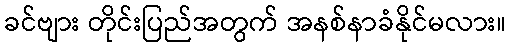
ခင်ဗျား တိုင်းပြည်အတွက် အနစ်နာခံနိုင်မလား။